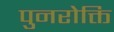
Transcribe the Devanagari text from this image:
पुनरोक्ति